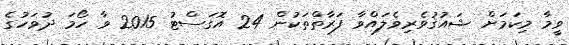
ވީމާ މިކަމަށް ޝައުޤުވެރިވެލައްވާ ފަރާތްތަކުން 24 އޮގަސްޓު 2015 ވާ ހޯމަ ދުވަހުގެ